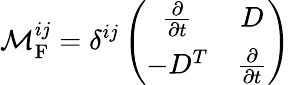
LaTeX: {\cal M}_{\mathrm{F}}^{ij}=\delta^{ij}\left(\begin{array}{cc}{{\frac{\partial}{\partial t}}}&{{D}}\\ {{-D^{T}}}&{{\frac{\partial}{\partial t}}}\end{array}\right)